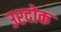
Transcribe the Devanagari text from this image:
उरदोक